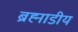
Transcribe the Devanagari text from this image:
ब्रह्माडीय